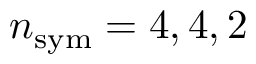
n _ { \mathrm { s y m } } = 4 , 4 , 2